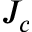
J _ { c }